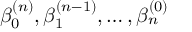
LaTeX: \beta _ { 0 } ^ { ( n ) } , \beta _ { 1 } ^ { ( n - 1 ) } , \ldots , \beta _ { n } ^ { ( 0 ) }